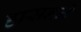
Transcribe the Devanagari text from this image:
हासनने